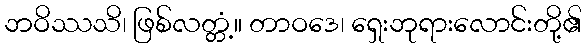
ဘဝိဿသိ၊ ဖြစ်လတ္တံ့။ တာဝဒေ၊ ရှေးဘုရားလောင်းတို့၏